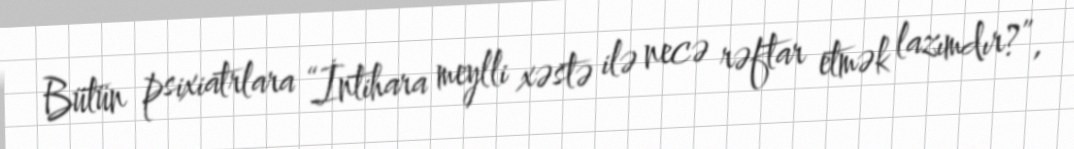
Bütün psixiatrlara “İntihara meylli xəstə ilə necə rəftar etmək lazımdır?”,